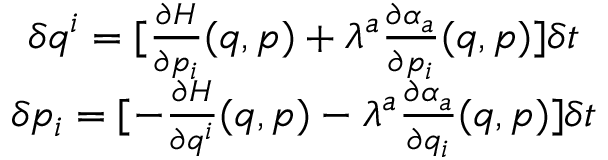
\begin{array} { c } { \delta q ^ { i } = [ \frac { \partial H } { \partial p _ { i } } ( q , p ) + \lambda ^ { a } \frac { \partial \alpha _ { a } } { \partial p _ { i } } ( q , p ) ] \delta t } \\ { \delta p _ { i } = [ - \frac { \partial H } { \partial q ^ { i } } ( q , p ) - \lambda ^ { a } \frac { \partial \alpha _ { a } } { \partial q _ { i } } ( q , p ) ] \delta t } \end{array}